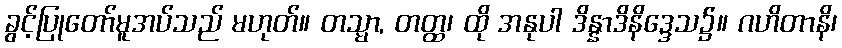
ခွင့်ပြုတော်မူအပ်သည် မဟုတ်။ တသ္မာ, တတ္ထ၊ ထို အနုပါ ဒိန္နာဒိနိဒ္ဒေသ၌။ ဂဟိတာနိ၊